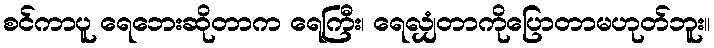
စင်ကာပူ ရေဘေးဆိုတာက ရေကြီး၊ ရေလျှံတာကိုပြောတာမဟုတ်ဘူး။